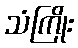
သံကြိုး